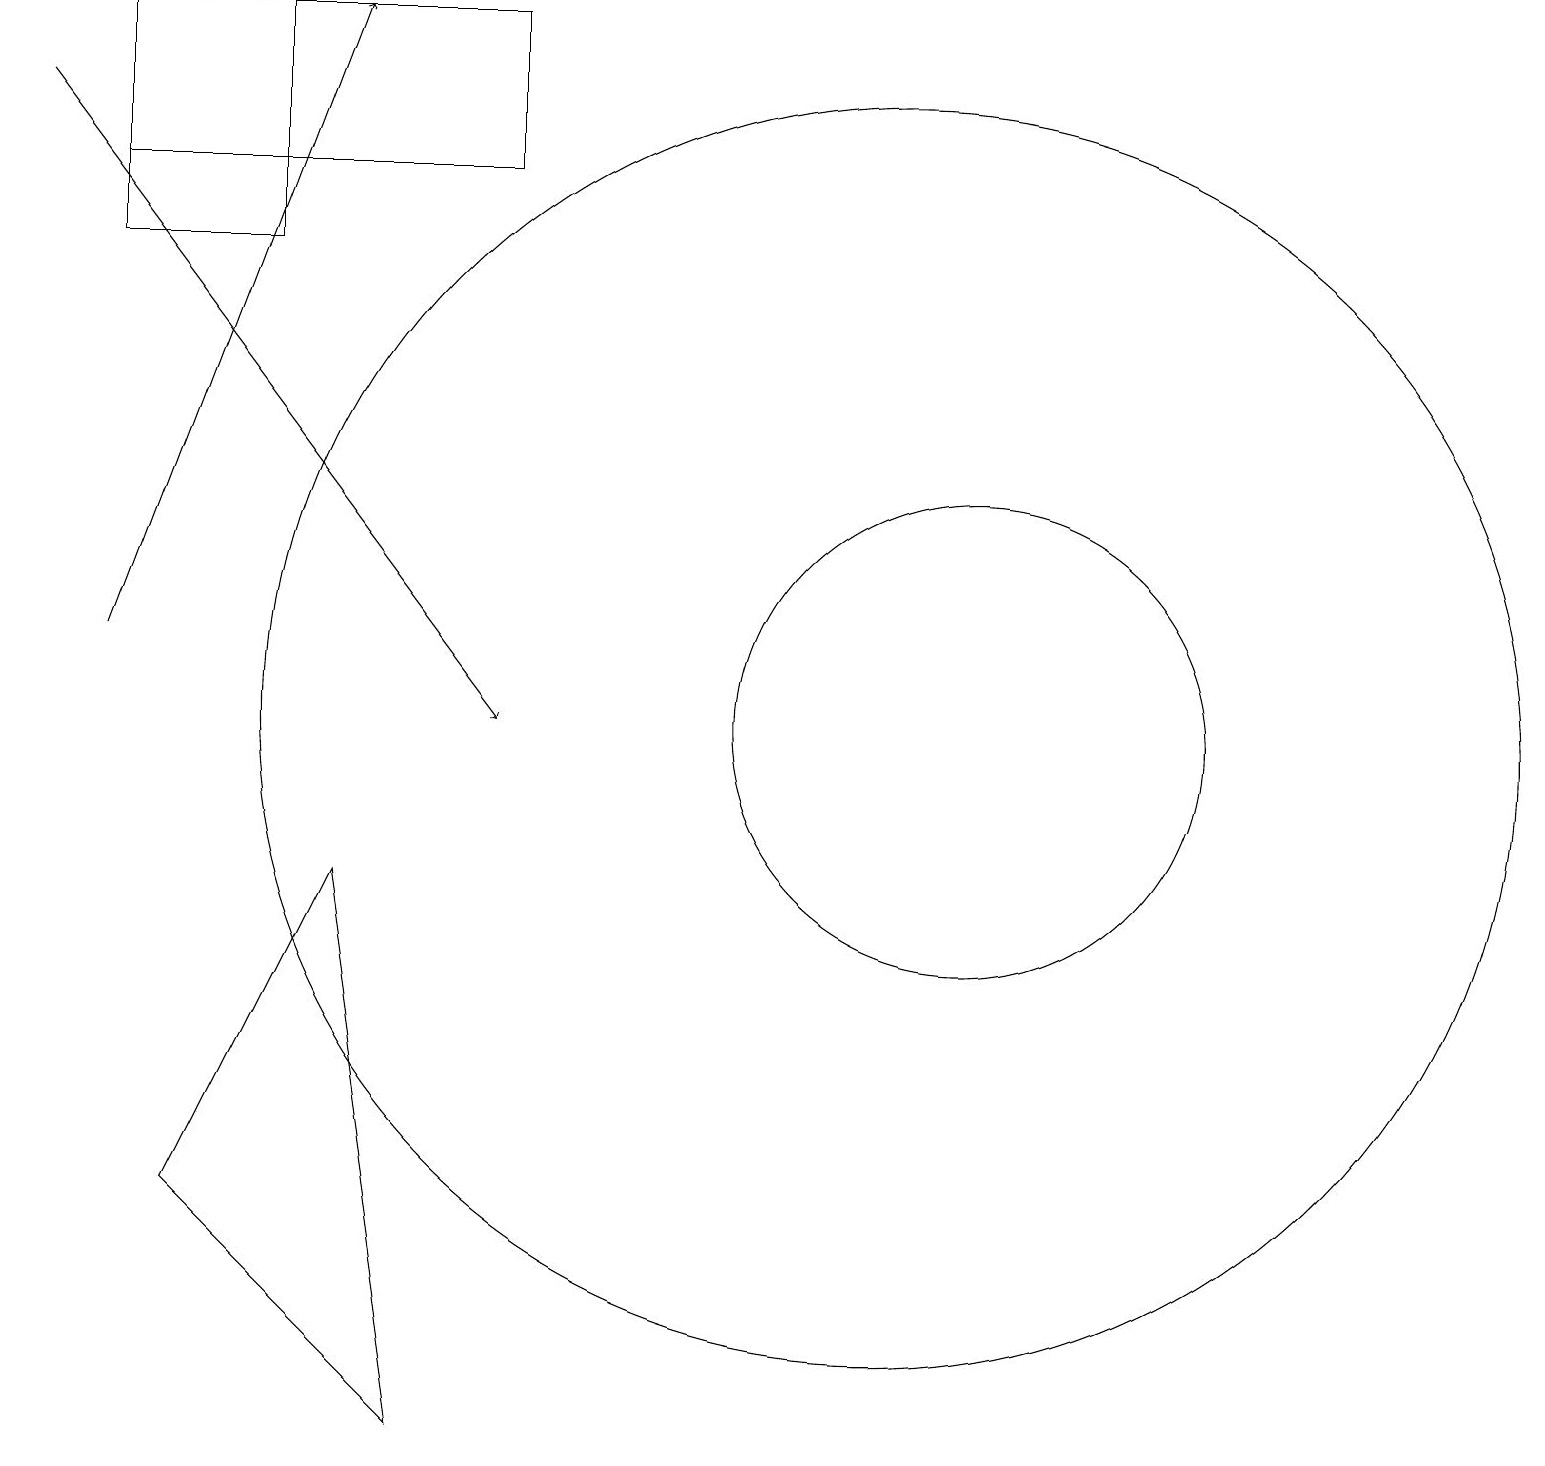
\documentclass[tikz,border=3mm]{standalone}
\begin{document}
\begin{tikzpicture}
\draw (5,1) -- (4,8) -- (2,4) -- cycle;
\draw (12,10) circle (3);
\draw (1,19) rectangle (3,16);
\draw[->] (0,18) -- (6,10);
\draw (1,19) rectangle (6,17);
\draw[->] (1,11) -- (4,19);
\draw (11,10) circle (8);
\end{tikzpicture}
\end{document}